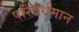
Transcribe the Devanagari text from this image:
परिवर्धमान